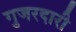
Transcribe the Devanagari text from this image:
गुजरदारी